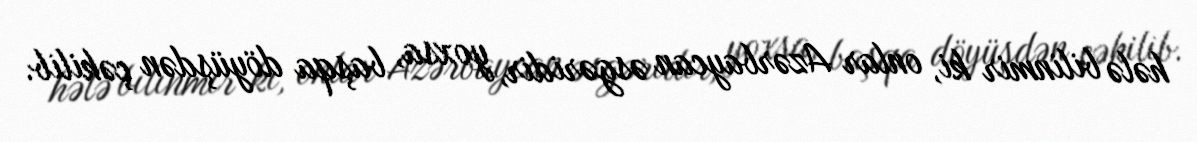
hələ bilinmir ki, onlar Azərbaycan əsgəridir, yoxsa, başqa döyüşdən çəkilib.